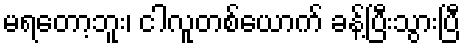
မရတော့ဘူး၊ ငါလူတစ်ယောက် ခန့်ပြီးသွားပြီ